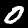
Label: 0